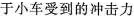
于小车受到的冲击力